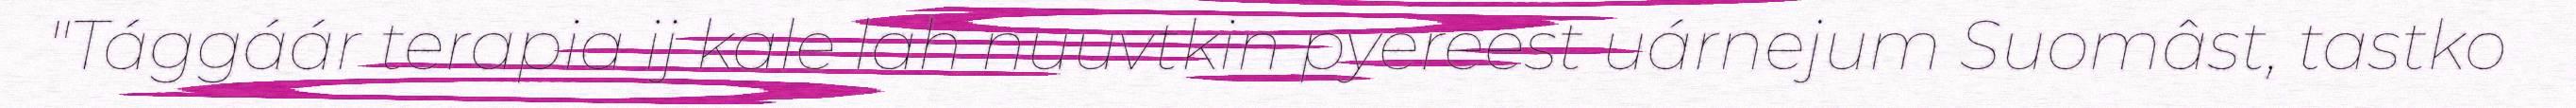
"Tággáár terapia ij kale lah nuuvtkin pyereest uárnejum Suomâst, tastko